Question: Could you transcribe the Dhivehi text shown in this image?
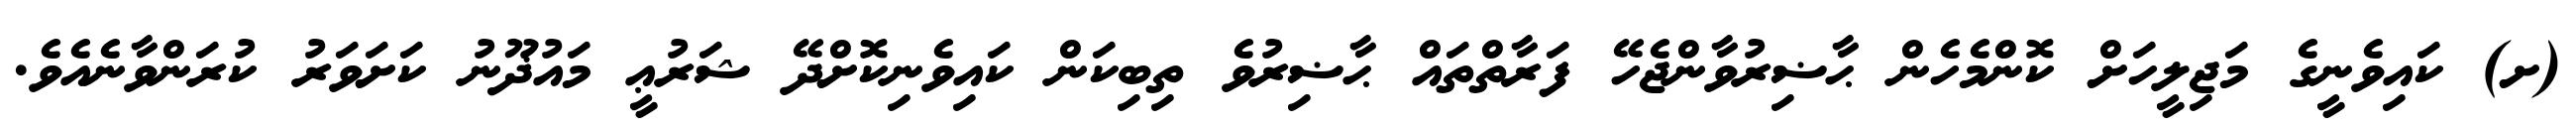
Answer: (ށ) ކައިވެނީގެ މަޖިލީހަށް ކޮންމެހެން ޙާޟިރުވާންޖެހޭ ފަރާތްތައް ޙާޟިރުވެ ތިބިކަން ކައިވެނިކޮށްދޭ ޝަރުޢީ މައުޛޫނު ކަށަވަރު ކުރަންވާނެއެވެ.